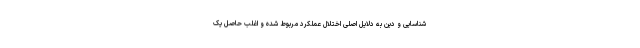
شناسایی و دین به دلایل اصلی اختلال عملکرد مربوط شده و اغلب حاصل یک